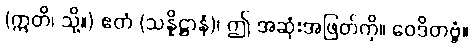
(ဣတိ၊ သို့။) ဧတံ (သန္နိဋ္ဌာနံ)၊ ဤ အဆုံးအဖြတ်ကို။ ဝေဒိတဗ္ဗံ။